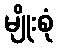
မျိုးစုံ